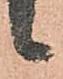
候